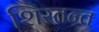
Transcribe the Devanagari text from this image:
शिस्तन्त